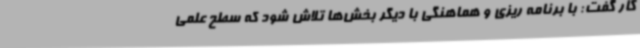
کار گفت: با برنامه ریزی و هماهنگی با دیگر بخش‌ها تلاش شود که سطح علمی